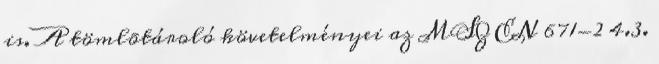
is. A tömlõtároló követelményei az MSZ EN 671-2 4.3.